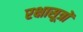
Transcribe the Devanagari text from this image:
रक्षासूत्रों